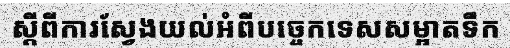
ស្តីពីការស្វែងយល់អំពីបច្ចេកទេសសម្អាតទឹក